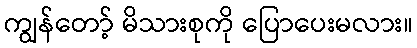
ကျွန်တော့် မိသားစုကို ပြောပေးမလား။